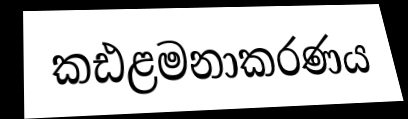
කඪළමනාකරණය